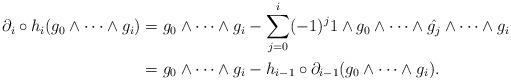
LaTeX: \begin{align*}\partial_i\circ h_i(g_0\wedge\cdots\wedge g_i)&=g_0\wedge\cdots\wedge g_i -\sum^i_{j=0}(-1)^j1\wedge g_0\wedge\cdots\wedge \hat{g_j}\wedge\cdots\wedge g_i\\&=g_0\wedge\cdots\wedge g_i - h_{i-1}\circ\partial_{i-1}(g_0\wedge\cdots\wedge g_i).\end{align*}